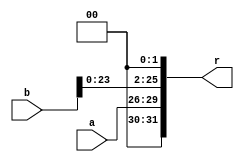
// II.v

module II(
	input [3:0] a,
	input [25:0] b,
	output [31:0] r
	);

	assign r = {a, b<<2};

endmodule